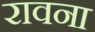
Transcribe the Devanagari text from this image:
रावना